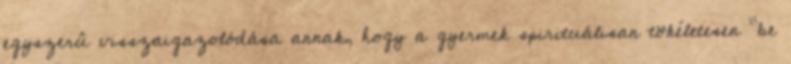
egyszerû visszaigazolódása annak, hogy a gyermek spirituálisan tökéletesen “be